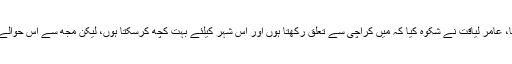
بحری امور کے وزیر علی زیدی نے چند ہفتوں قبل کلین کراچی مہم کا آغاز کیا تھا، عامر لیاقت نے شکوہ کیا کہ میں کراچی سے تعلق رکھتا ہوں اور اس شہر کیلئے بہت کچھ کرسکتا ہوں، لیکن مجھ سے اس حوالے سے پوچھا تک نہیں گیا، مجھے نہیں پتہ کہ مجھے کیوں استعمال نہیں کیا جارہا۔